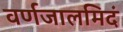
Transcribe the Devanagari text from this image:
वर्णजालमिदं